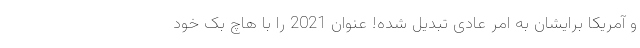
و آمریکا برایشان به امر عادی تبدیل شده! عنوان 2021 را با هاچ بک خود